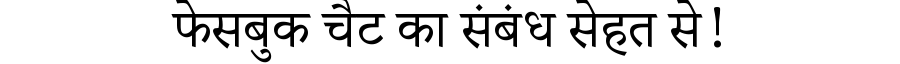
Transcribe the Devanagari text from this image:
फेसबुक चैट का संबंध सेहत से!